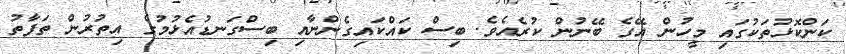
ކަންކޮޅުތަކުގައި މީހުން އޭގެ ބޭނުން ކުރެއެވެ. ބިސް ކައްކައިގެންނާއި ބިސްގަނޑުއެޅުމުގެ އިތުރުން ތަފާތު